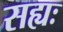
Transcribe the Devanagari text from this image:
सह्यः